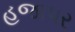
હજાપર